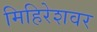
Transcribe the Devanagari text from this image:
मिहिरेशवर